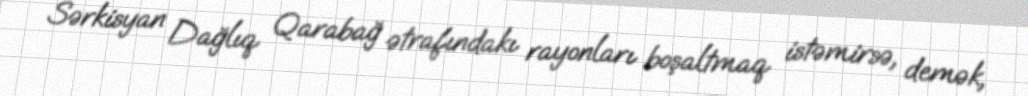
Sərkisyan Dağlıq Qarabağ ətrafındakı rayonları boşaltmaq istəmirsə, demək,